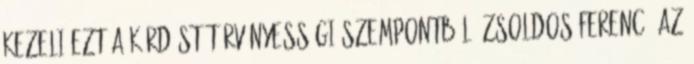
kezeli ezt a kérdést törvényességi szempontból. Zsoldos Ferenc. Az